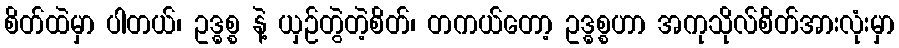
စိတ်ထဲမှာ ပါတယ်၊ ဥဒ္ဓစ္စ နဲ့ ယှဉ်တွဲတဲ့စိတ်၊ တကယ်တော့ ဥဒ္ဓစ္စဟာ အကုသိုလ်စိတ်အားလုံးမှာ